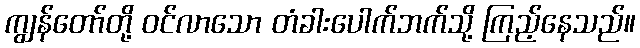
ကျွန်တော်တို့ ဝင်လာသော တံခါးပေါက်ဘက်သို့ ကြည့်နေသည်။